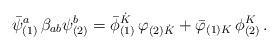
LaTeX: \begin{align*}{{\bar \psi}^a_{(1)}} \, \beta_{ab} \psi^b_{(2)} ={{\bar \phi}^{\dot K}_{(1)}} \, \varphi_{(2){\dot K}}+ {{\bar \varphi}_{(1) K}} \, \phi_{(2)}^K \,.\end{align*}